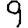
Digit: 9